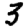
Digit: 3